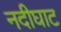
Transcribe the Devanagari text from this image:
नदीघाट